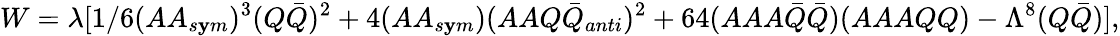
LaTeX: W=\lambda[1/6(AA_{s\mathbf{y}m})^{3}(Q{\bar{{Q}}})^{2}+4(AA_{s\mathbf{y}m})(AAQ{\bar{{Q}}}_{anti})^{2}+64(AAA{\bar{{Q}}}{\bar{{Q}}})(AAAQQ)-\Lambda^{8}(Q{\bar{{Q}}})],